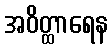
အဝိတ္ထာရေန